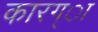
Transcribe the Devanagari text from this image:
कारग्ा